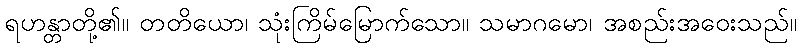
ရဟန္တာတို့၏။ တတိယော၊ သုံးကြိမ်မြောက်သော။ သမာဂမော၊ အစည်းအဝေးသည်။